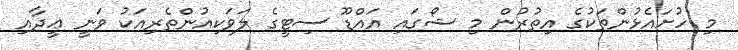
މި ހުށައެޅުންތަކުގެ އިތުރުން މި ޝޯގައި އައްޑޫ ސިޓީގެ ލަވަކިއުންތެރިއަކު ވަނީ ޢީދާއި